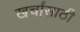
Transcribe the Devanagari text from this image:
खर्चांसाठी